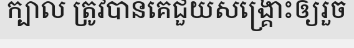
ក្បាល ត្រូវបានគេជួយសង្គ្រោះឲ្យរួច